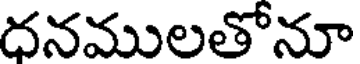
దనములతోనూ